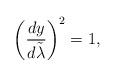
LaTeX: \begin{align*}\left({{dy}\over{d\tilde{\lambda}}}\right)^2=1,\end{align*}